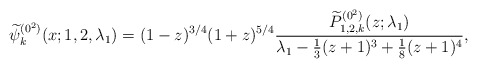
\begin{gather*} \widetilde{\psi }_{k}^{(0^{2})}(x;1,2,\lambda _{1})=( 1-z) ^{3/4}(1+z) ^{5/4}\frac{\widetilde{P}_{1,2,k}^{( 0^{2}) }(z; \lambda_1) }{\lambda _{1}-\frac{1}{3}(z+1) ^{3}+\frac{1}{8}(z+1) ^{4}},\end{gather*}